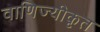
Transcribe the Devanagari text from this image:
वाणिज्यीकृत